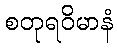
စတုရဝိမာနံ